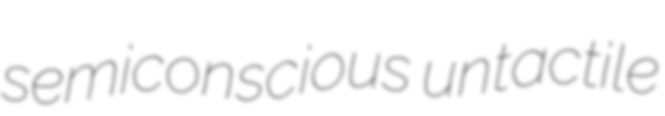
semiconscious untactile